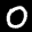
Label: 0